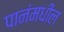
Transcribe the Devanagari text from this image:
पानंमधील